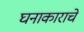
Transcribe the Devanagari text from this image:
घनाकाराचे